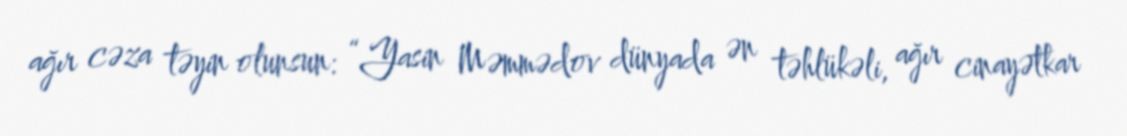
ağır cəza təyin olunsun: “Yasin Məmmədov dünyada ən təhlükəli, ağır cinayətkar